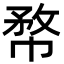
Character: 㡔